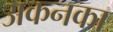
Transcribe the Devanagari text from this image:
अकनका